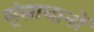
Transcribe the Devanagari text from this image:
स्ंसाधानों